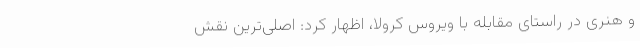
و هنری در راستای مقابله با ویروس کرولا، اظهار کرد: اصلی‌ترین نقش